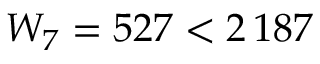
W _ { 7 } = 5 2 7 < 2 \, 1 8 7